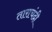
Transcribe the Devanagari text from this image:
ताराचंदी